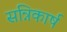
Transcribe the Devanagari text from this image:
सन्निकार्ष